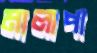
মালাপা